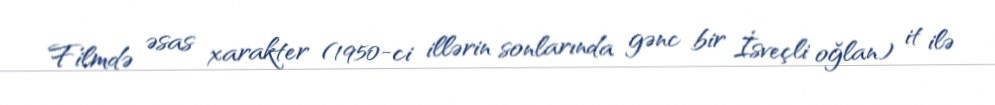
Filmdə əsas xarakter (1950-ci illərin sonlarında gənc bir İsveçli oğlan) it ilə